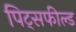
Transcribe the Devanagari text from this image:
पिट्सफील्ड